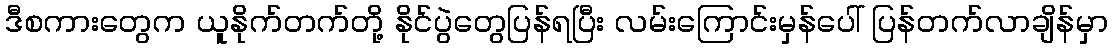
ဒီစကားတွေက ယူနိုက်တက်တို့ နိုင်ပွဲတွေပြန်ရပြီး လမ်းကြောင်းမှန်ပေါ် ပြန်တက်လာချိန်မှာ